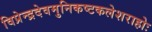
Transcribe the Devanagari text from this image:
विप्रेन्द्रदेवमुनिकष्टकलेशराहोः